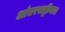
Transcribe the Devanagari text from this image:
आंतरराष्ट्रीयता